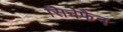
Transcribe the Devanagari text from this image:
सिनेफैन